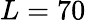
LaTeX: L=70